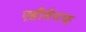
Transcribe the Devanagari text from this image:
एव्रीमैनफ़